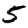
Digit: 5